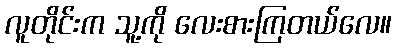
လူတိုင်းက သူ့ကို လေးစားကြတယ်လေ။